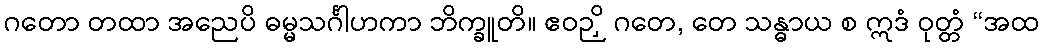
ဂတော တထာ အညေပိ ဓမ္မသင်္ဂါဟကာ ဘိက္ခူတိ။ ဧဝဉှိ ဂတေ, တေ သန္ဓာယ စ ဣဒံ ဝုတ္တံ “အထ